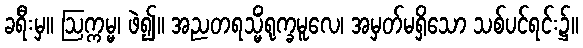
ခရီးမှ။ ဩက္ကမ္မ၊ ဖဲ၍။ အညတရသ္မိံရုက္ခမူလေ၊ အမှတ်မရှိသော သစ်ပင်ရင်း၌။